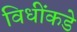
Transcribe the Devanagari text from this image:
विधींकडे